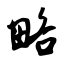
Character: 略